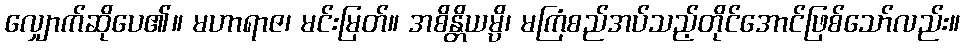
လျှောက်ဆိုပေ၏။ မဟာရာဇ၊ မင်းမြတ်။ အစိန္တိယမ္ပိ၊ မကြံစည်အပ်သည့်တိုင်အောင်ဖြစ်သော်လည်း။